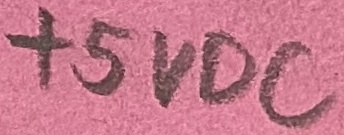
Text: +5VDC